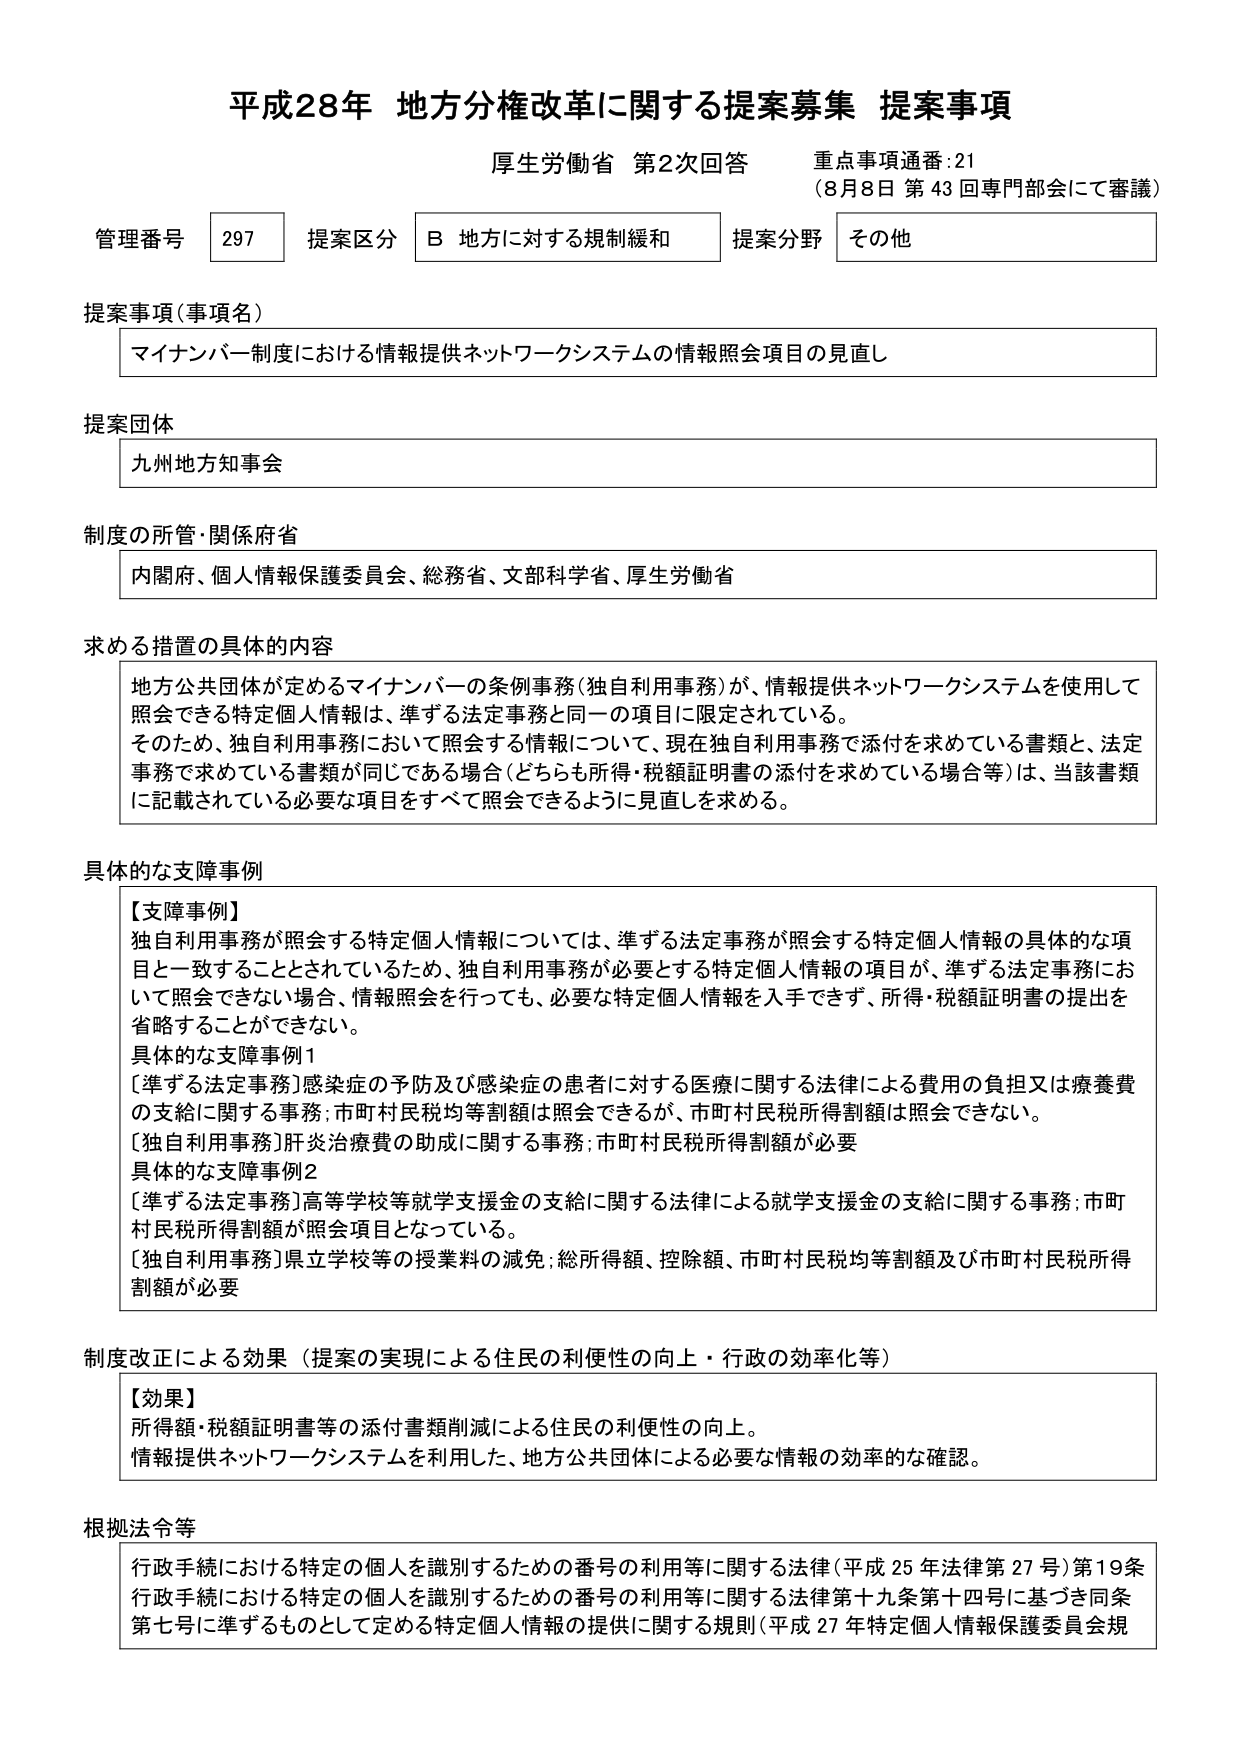
平成28年 地方分権改革に関する提案募集 提案事項
厚生労働省 第2次回答 重点事項通番:21
（8月8日 第43回専門部会にて審議）

管理番号 297 提案区分 B 地方に対する規制緩和 提案分野 その他

提案事項（事項名）
マイナンバー制度における情報提供ネットワークシステムの情報照会項目の見直し

提案団体
九州地方知事会

制度の所管・関係府省
内閣府、個人情報保護委員会、総務省、文部科学省、厚生労働省

求める措置の具体的な内容
地方公共団体が定めるマイナンバーの条例事務（独自利用事務）が、情報提供ネットワークシステムを使用して照会できる特定個人情報は、準ずる法定事務と同一の項目に限定されている。
そのため、独自利用事務において照会する情報について、現在独自利用事務で添付を求めている書類と、法定事務で求めている書類が同じである場合（どちらも所得・税額証明書の添付を求めている場合等）は、当該書類に記載されている必要な項目をすべて照会できるように見直しを求める。

具体的な支障事例
【支障事例】
独自利用事務が照会する特定個人情報については、準ずる法定事務が照会する特定個人情報の具体的な項目と一致することとされているため、独自利用事務が必要とする特定個人情報の項目が、準ずる法定事務において照会できない場合、情報照会を行っても、必要な特定個人情報を入手できず、所得・税額証明書の提出を省略することができない。
具体的な支障事例1
［準ずる法定事務］感染症の予防及び感染症の患者に対する医療に関する法律による費用の負担とは療養費の支給に関する事務；市町村民税均等割額は照会できるが、市町村民税所得割額は照会できない。
［独自利用事務］肝炎治療費の助成に関する事務；市町村民税所得割額が必要
具体的な支障事例2
［準ずる法定事務］高等学校等就学支援金の支給に関する法律による就学支援金の支給に関する事務；市町村民税所得割額が照会項目となっている。
［独自利用事務］県立学校等の授業料の減免；総所得額、控除額、市町村民税均等割額及び市町村民税所得割額が必要

制度改正による効果（提案の実現による住民の利便性の向上・行政の効率化等）
【効果】
所得額・税額証明書等の添付書類削減による住民の利便性の向上。
情報提供ネットワークシステムを利用した、地方公共団体による必要な情報の効率的な確認。

根拠法令等
行政手続における特定の個人を識別するための番号の利用等に関する法律（平成25年法律第27号）第19条
行政手続における特定の個人を識別するための番号の利用等に関する法律第十九条第十四号に基づき同条第七号に準ずるものとして定める特定個人情報の提供に関する規則（平成27年特定個人情報保護委員会規）